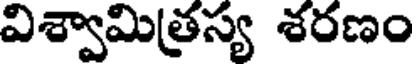
విశ్వామిత్రస్య శరణం